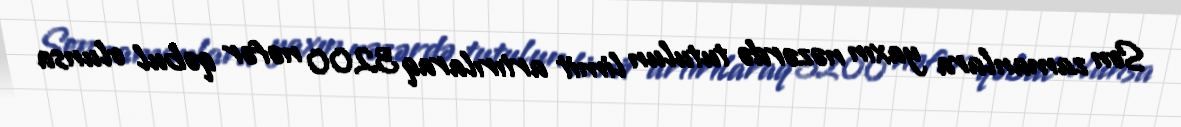
Son zamanlara yaxın nəzərdə tutulun limit artırılaraq 3200 nəfər qəbul olunsa